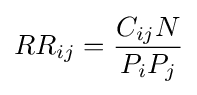
RR_{ij}={\frac {C_{ij}N}{P_{i}P_{j}}}